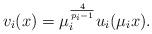
LaTeX: \begin{align*}v_i(x)=\mu_i^{\frac{4}{p_i-1}} u_i(\mu_i x).\end{align*}